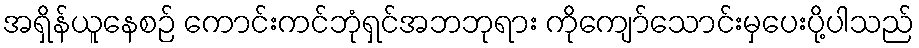
အရှိန်ယူနေစဉ် ကောင်းကင်ဘုံရှင်အဘဘုရား ကိုကျော်သောင်းမှပေးပို့ပါသည်